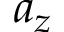
a _ { z }